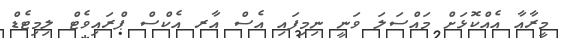
މީރާއާ އެއްކޮޅަށް މައްސަލަ ވަނީ ނިމިފައި އެސް އާރ އެކްސް ޕްރައިވެޓް ލިމިޓެޑް